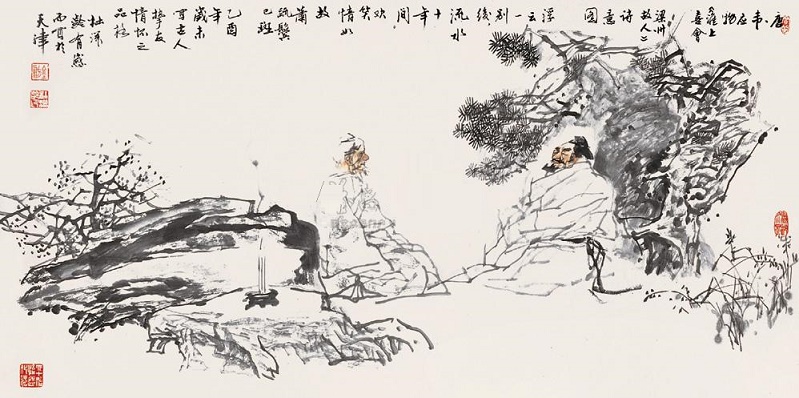
浮云一别后，流水十年间。